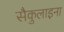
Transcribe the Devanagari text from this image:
सैकुलाइना